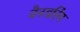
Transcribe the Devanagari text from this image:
वैनडरिंग